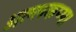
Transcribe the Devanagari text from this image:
अल्लकप्प।